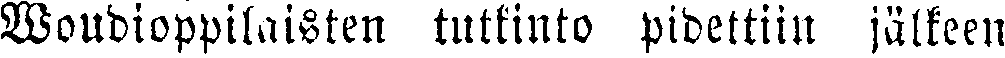
Woudinoppilasten tutkinto pidettiin jälkeen